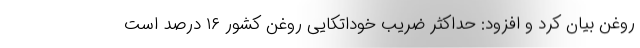
روغن بیان کرد و افزود: حداکثر ضریب خوداتکایی روغن کشور ۱۶ درصد است